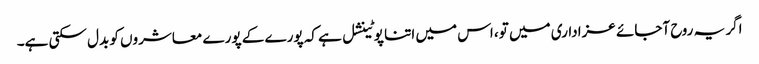
اگر یہ روح آجائے عزاداری میں تو، اس میں اتنا پوٹینشل ہے کہ پورے کے پورے معاشروں کو بدل سکتی ہے۔